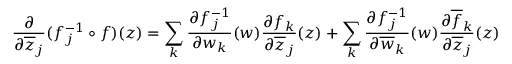
{ \frac { \partial } { \partial { \overline { { z } } } _ { j } } } ( f _ { j } ^ { - 1 } \circ f ) ( z ) = \sum _ { k } { \frac { \partial f _ { j } ^ { - 1 } } { \partial w _ { k } } } ( w ) { \frac { \partial f _ { k } } { \partial { \overline { { z } } } _ { j } } } ( z ) + \sum _ { k } { \frac { \partial f _ { j } ^ { - 1 } } { \partial { \overline { { w } } } _ { k } } } ( w ) { \frac { \partial { \overline { { f } } } _ { k } } { \partial { \overline { { z } } } _ { j } } } ( z )